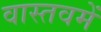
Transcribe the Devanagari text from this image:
वास्तवमें